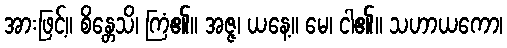
အားဖြင့်။ စိန္တေသိ၊ ကြံ၏။ အဇ္ဇ၊ ယနေ့။ မေ၊ ငါ၏။ သဟာယကော၊